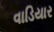
વાડિયાર